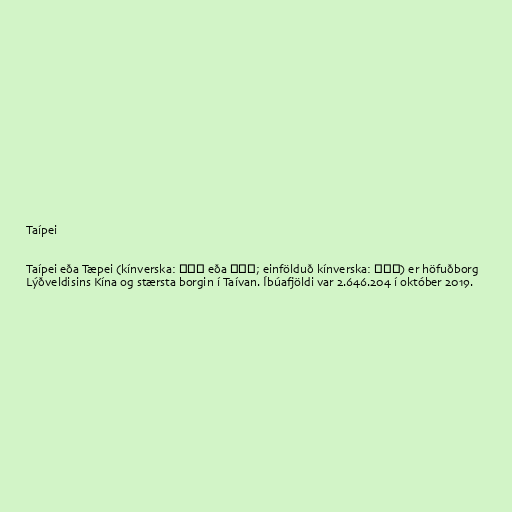
Taípei

Taípei eða Tæpei (kínverska: 臺北市 eða 台北市; einfölduð kínverska: 台北市) er höfuðborg
Lýðveldisins Kína og stærsta borgin í Taívan. Íbúafjöldi var 2.646.204 í október 2019.